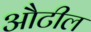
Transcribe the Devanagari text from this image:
औटील